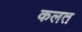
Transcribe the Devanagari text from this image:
कलत